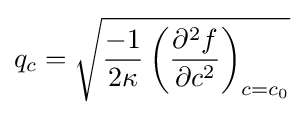
q_{c}={\sqrt {{\frac {-1}{2\kappa }}\left({\frac {\partial ^{2}f}{\partial c^{2}}}\right)_{c=c_{0}}}}